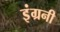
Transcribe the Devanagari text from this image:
इंग्रनी